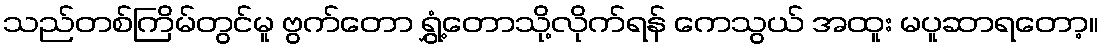
သည်တစ်ကြိမ်တွင်မူ ဗွက်တော ရွှံ့တောသို့လိုက်ရန် ကေသွယ် အထူး မပူဆာရတော့။